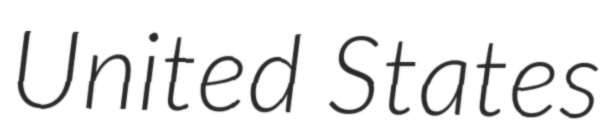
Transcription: United States